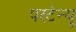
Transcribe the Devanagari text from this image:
परटेन्यू